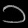
Digit: ၁